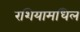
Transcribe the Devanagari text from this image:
रशियामधिल